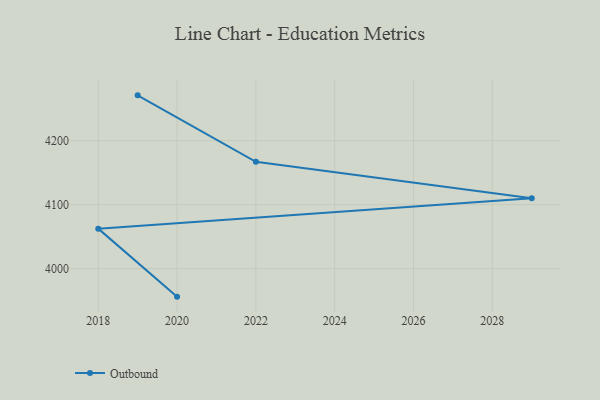
{"axis": {"x": "Year", "y": "Energy Usage (MWh)"}, "legend": ["Outbound"], "data": [{"x": "2019", "y": 4271.0, "type": "Outbound"}, {"x": "2022", "y": 4167.1, "type": "Outbound"}, {"x": "2029", "y": 4110.1, "type": "Outbound"}, {"x": "2018", "y": 4062.5, "type": "Outbound"}, {"x": "2020", "y": 3956.1, "type": "Outbound"}]}